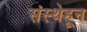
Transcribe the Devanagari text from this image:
संस्थेहून